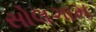
સોલગામ